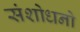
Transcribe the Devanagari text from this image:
संशोधनो